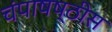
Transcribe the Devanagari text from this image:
चंपाषष्ठीस